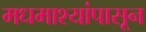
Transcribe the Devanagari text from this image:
मधमाश्यांपासून